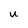
Character: U